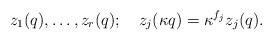
LaTeX: \begin{align*}z_1(q),\ldots,z_r(q);\quad z_j(\kappa q)=\kappa^{f_j}z_j(q).\end{align*}